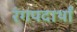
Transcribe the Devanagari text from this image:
रंगपदार्थां